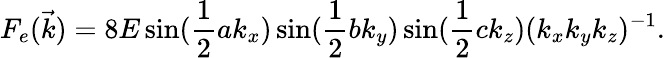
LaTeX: F_{e}(\vec{k})=8E\sin(\frac{1}{2}ak_{x})\sin(\frac{1}{2}bk_{y})\sin(\frac{1}{2}ck_{z})(k_{x}k_{y}k_{z})^{-1}.